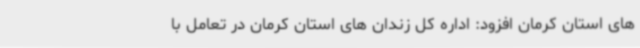
های استان کرمان افزود: اداره کل زندان های استان کرمان در تعامل با